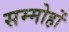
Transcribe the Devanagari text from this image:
सम्मोहों